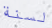
لسنة